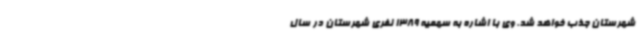
شهرستان جذب خواهد شد. وی با اشاره به سهمیه 1389 نفری شهرستان در سال